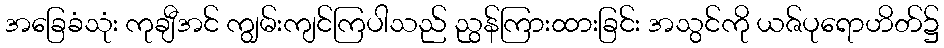
အခြေခံသုံး ကုချီအင် ကျွမ်းကျင်ကြပါသည် ညွန်ကြားထားခြင်း အသွင်ကို ယဇ်ပုရောဟိတ်၌